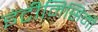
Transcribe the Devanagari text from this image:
इंटीमिसिमी